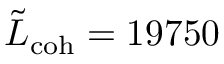
\tilde { L } _ { \mathrm { c o h } } = 1 9 7 5 0